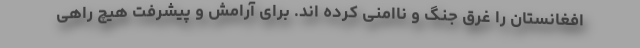
افغانستان را غرق جنگ و ناامنی کرده اند. برای آرامش و پیشرفت هیچ راهی